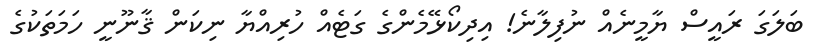
ބަލަގަ ރައީސް ޔާމީނެއް ނުފިލާނެ! އިދިކޯޅޭމެންގެ ގަޓެއް ހުރިއްޔާ ނިކަން ޤާނޫނީ ހަމަތަކުގެ